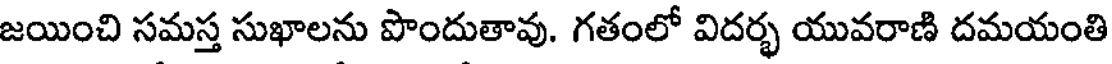
జయించి సమస్త సుఖాలను పొందుతావు. గతంలో విదర్భ యువరాణి దమయంతి